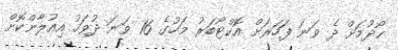
ހޯދުމަށް ދެ ވަނަ ފަހަރަށް އޮކްޓޯބަރު މަހުގެ 16 ވަނަ ދުވަހު އިއުލާންކޮށް